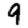
Digit: 9